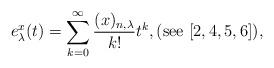
LaTeX: \begin{align*}e_{\lambda}^{x}(t)=\sum_{k=0}^{\infty}\frac{(x)_{n,\lambda}}{k!}t^{k},(\mathrm{see}\ [2,4,5,6]), \end{align*}